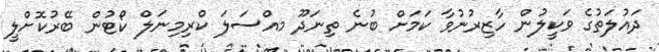
ދައުލަތުގެ ވަކީލުން ހާޒިރުނުވާ ކަމަށް ބުނެ ތިނަދޫ މއްސަލަ ކްރިމިނަލް ކޯޓުން ބޭރުކޮށްލީ